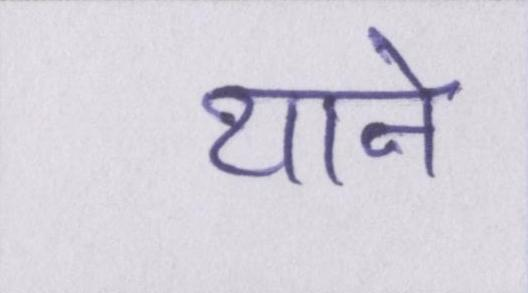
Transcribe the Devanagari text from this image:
याने